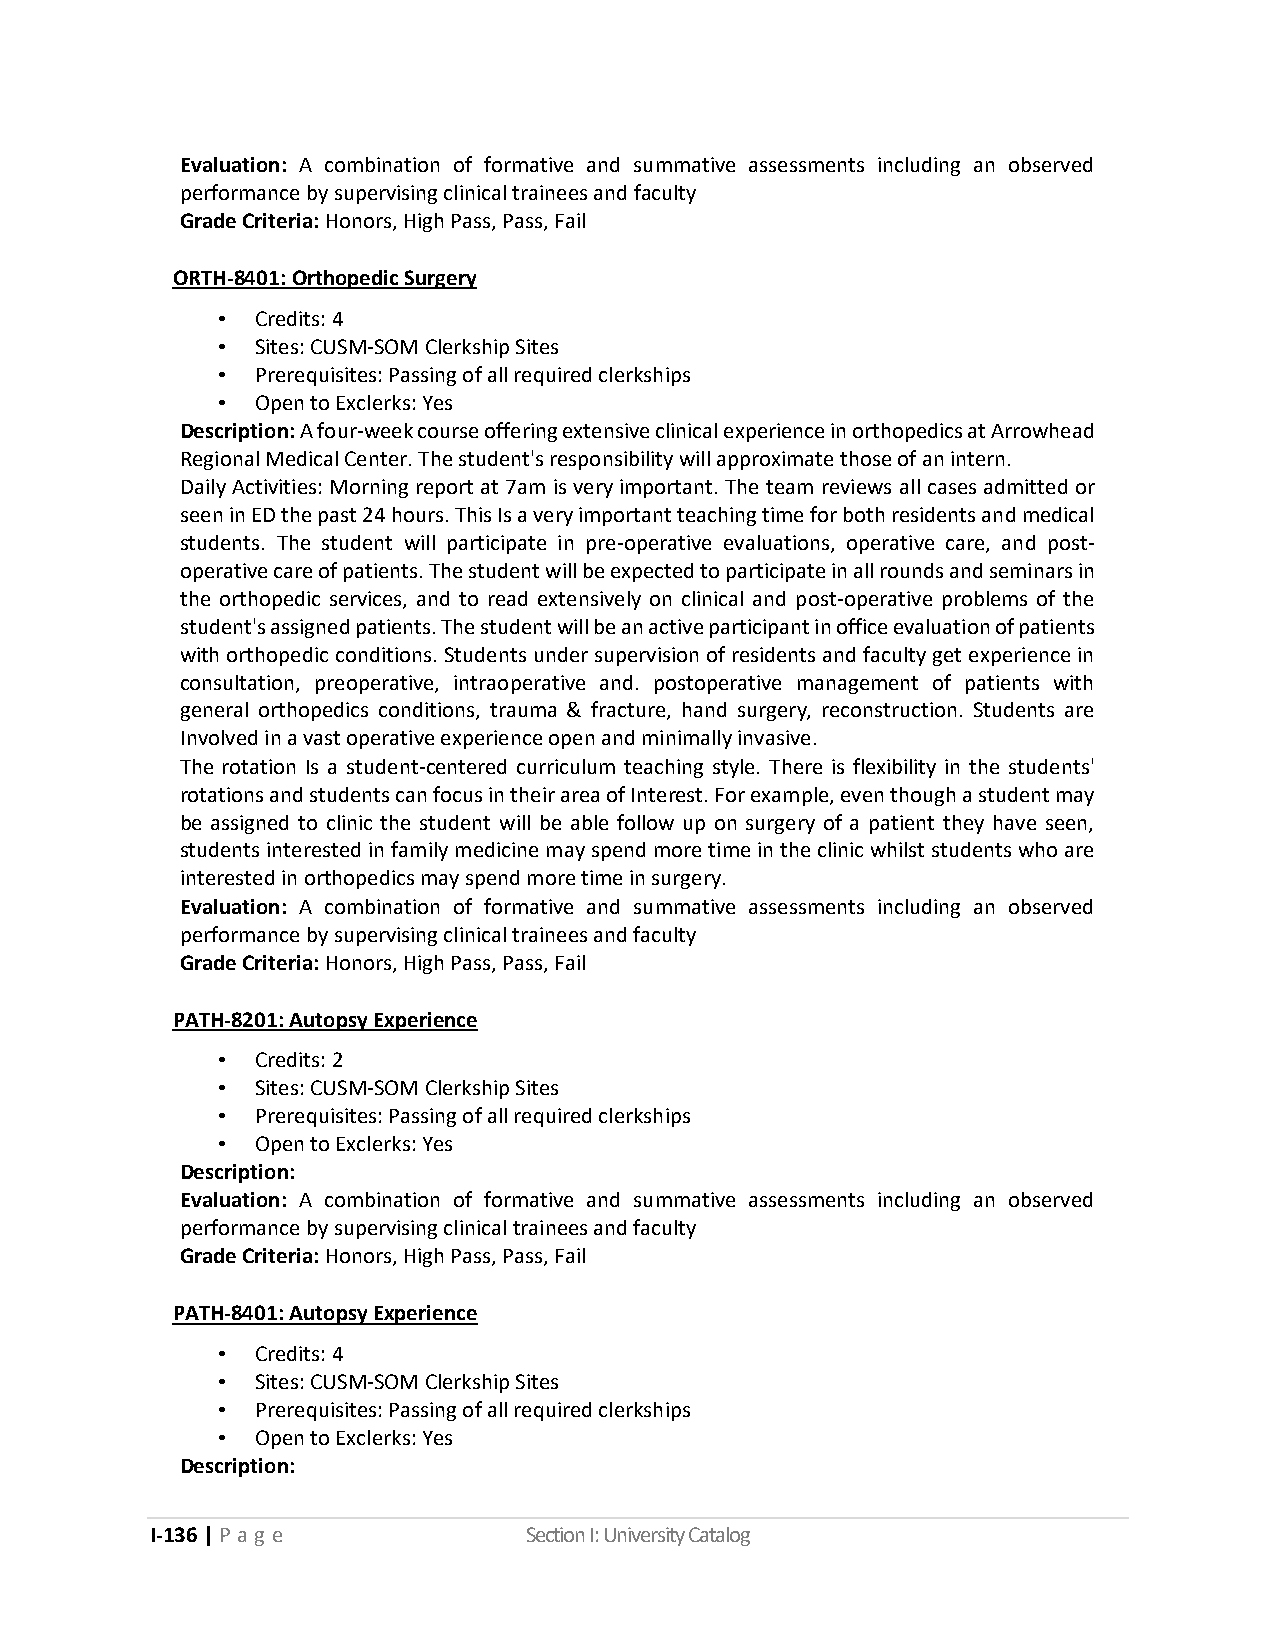
Evaluation: A combination of formative and summative assessments including an observed
 performance by supervising clinical trainees and faculty
 Grade Criteria: Honors, High Pass, Pass, Fail
 ORTH-8401: Orthopedic Surgery
 •  Credits: 4
 •  Sites: CUSM-SOM Clerkship Sites
 •  Prerequisites: Passing of all required clerkships
 •  Open to Exclerks: Yes
 Description: A four-week course offering extensive clinical experience in orthopedics at Arrowhead
 Regional Medical Center. The student's responsibility will approximate those of an intern.
 Daily Activities: Morning report at 7am is very important. The team reviews all cases admitted or
 seen in ED the past 24 hours. This Is a very important teaching time for both residents and medical
 students. The student will participate in pre-operative evaluations, operative care, and post-
 operative care of patients. The student will be expected to participate in all rounds and seminars in
 the orthopedic services, and to read extensively on clinical and post-operative problems of the
 student's assigned patients. The student will be an active participant in office evaluation of patients
 with orthopedic conditions. Students under supervision of residents and faculty get experience in
 consultation, preoperative, intraoperative and. postoperative management of patients with
 general orthopedics conditions, trauma & fracture, hand surgery, reconstruction. Students are
 Involved in a vast operative experience open and minimally invasive.
 The rotation Is a student-centered curriculum teaching style. There is flexibility in the students'
 rotations and students can focus in their area of Interest. For example, even though a student may
 be assigned to clinic the student will be able follow up on surgery of a patient they have seen,
 students interested in family medicine may spend more time in the clinic whilst students who are
 interested in orthopedics may spend more time in surgery.
 Evaluation: A combination of formative and summative assessments including an observed
 performance by supervising clinical trainees and faculty
 Grade Criteria: Honors, High Pass, Pass, Fail
 PATH-8201: Autopsy Experience
 •  Credits: 2
 •  Sites: CUSM-SOM Clerkship Sites
 •  Prerequisites: Passing of all required clerkships
 •  Open to Exclerks: Yes
 Description:
 Evaluation: A combination of formative and summative assessments including an observed
 performance by supervising clinical trainees and faculty
 Grade Criteria: Honors, High Pass, Pass, Fail
 PATH-8401: Autopsy Experience
 •  Credits: 4
 •  Sites: CUSM-SOM Clerkship Sites
 •  Prerequisites: Passing of all required clerkships
 •  Open to Exclerks: Yes
 Description:
 I-136 | P a g e          Section I: University Catalog